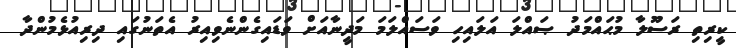
ކީރިތި ރަސޫލާ މުޙައްމަދު ޞައްލަ އަލައިހި ވަސައްލަމަ މަދީނާއަށް ވަޑައިގެންނެވިއިރު އެތަނުގައި ދިރިއުޅެމުންދާ